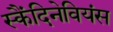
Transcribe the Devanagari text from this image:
स्कैंदिनेवियंस